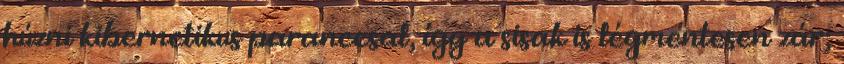
húzni kibernetikus paranccsal, így a sisak is légmentesen zár;